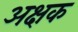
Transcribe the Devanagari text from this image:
अक्षक